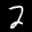
Label: 2